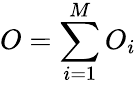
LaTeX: O=\sum_{i=1}^{M}O_{i}